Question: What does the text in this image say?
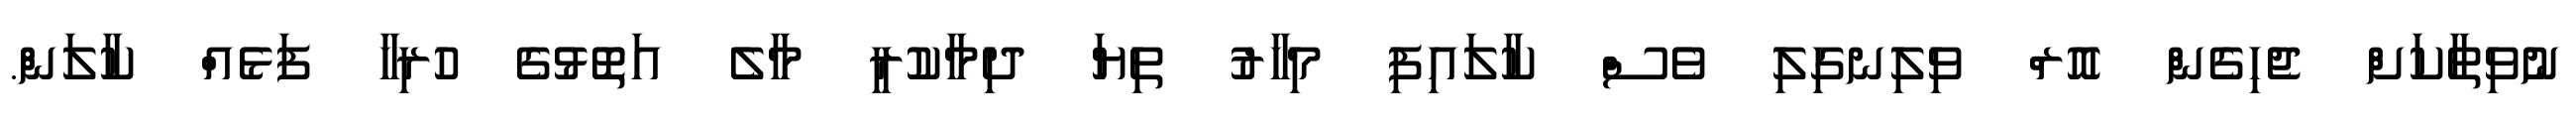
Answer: ނުވިތާކަށް ޖެހިގެން އޮރް ވިލިނގިލި ވެސް ކާލައިފި މިހާރު ތިޔަ ދިމާކުރީ މާލެ އަތޮޅުގެ ހުރިހާ ފަޅެއް ކާލަން.